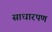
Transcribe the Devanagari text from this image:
साधारपण